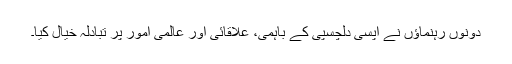
دونوں رہنماؤں نے آپسی دلچسپی کے باہمی، علاقائی اور عالمی امور پر تبادلہ خیال کیا۔